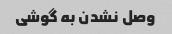
وصل نشدن به گوشی